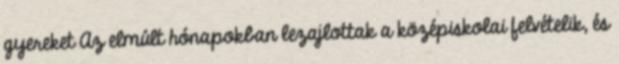
gyereket Az elmúlt hónapokban lezajlottak a középiskolai felvételik, és